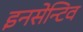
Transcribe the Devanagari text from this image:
इनसेन्टिव